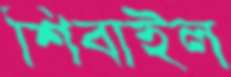
শিবাইল